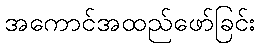
အကောင်အထည်ဖော်ခြင်း